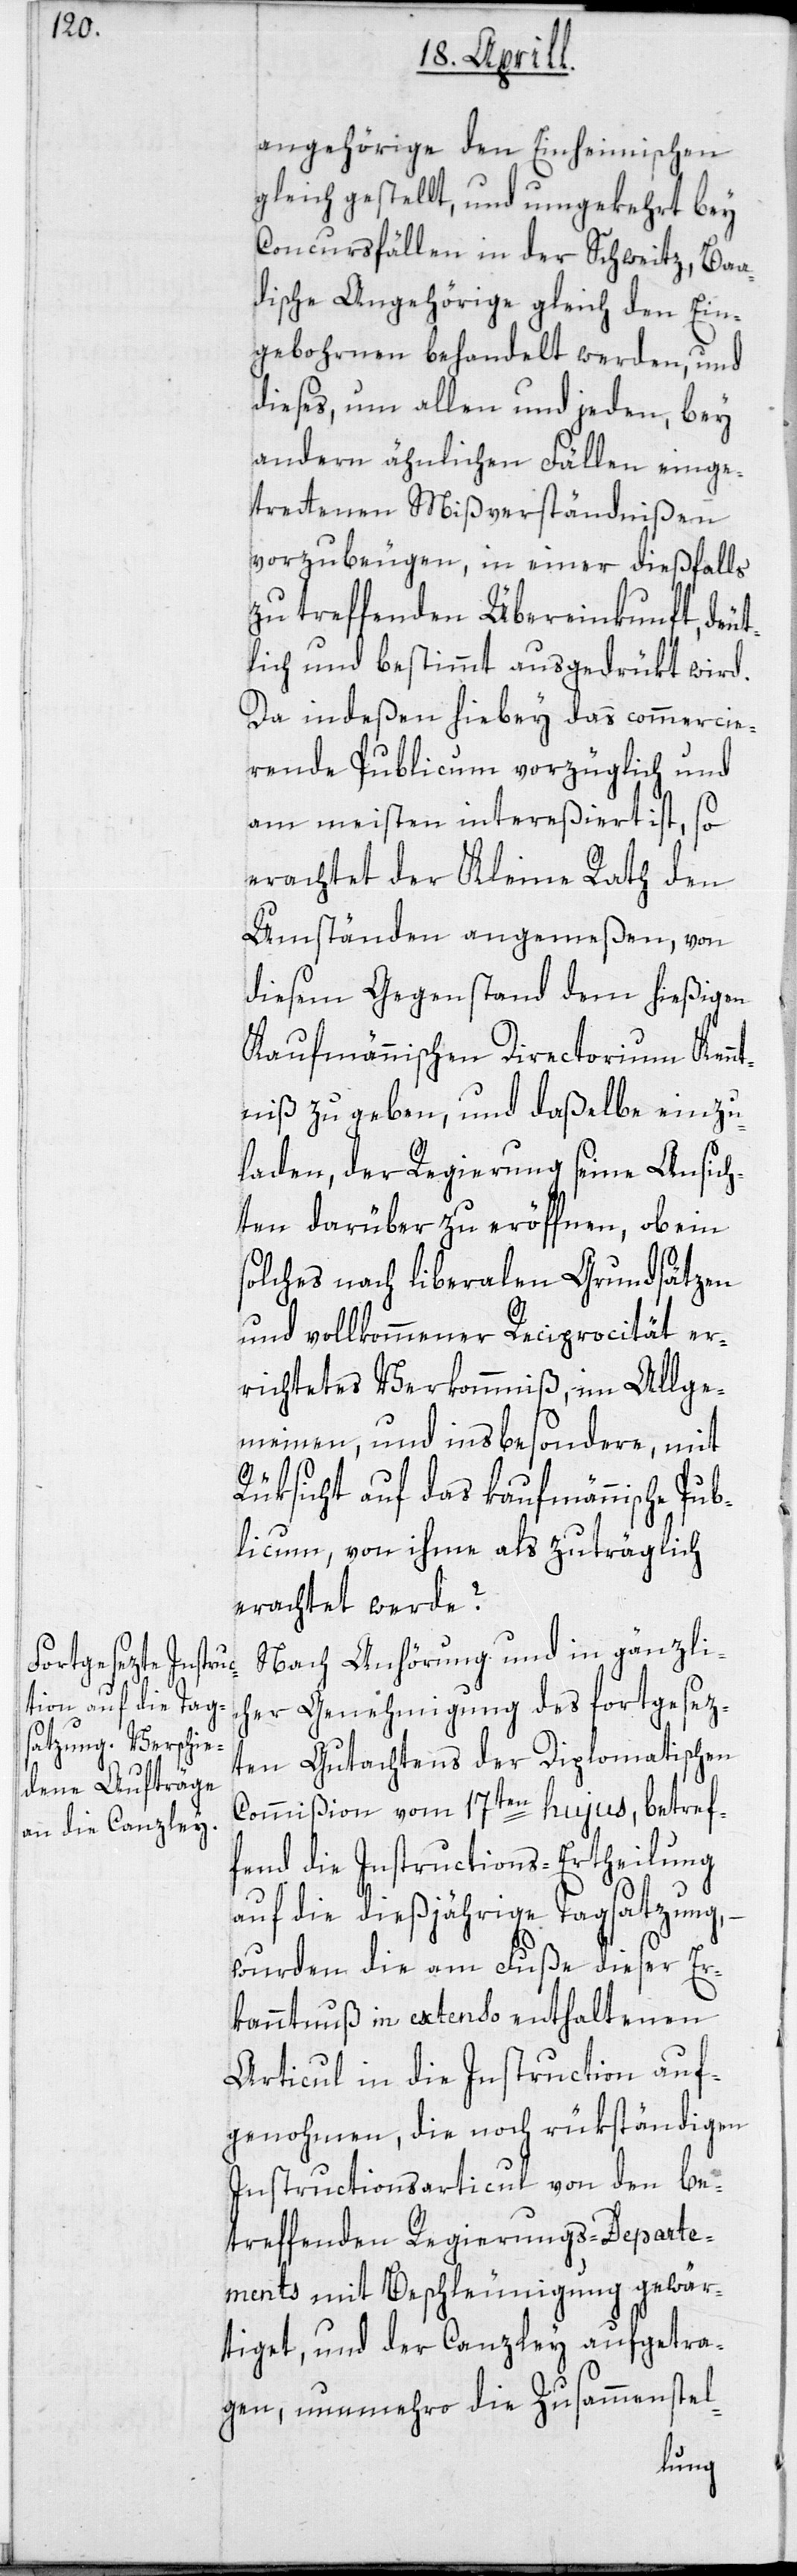
angehörige den Einheimischen
gleich gestellt, und umgekehrt bey
Concursfällen in der Schweitz, Baa¬
dische Angehörige gleich den Ein¬
gebohrnen behandelt werden, und
dieses, um allen und jeden, bey
andern ähnlichen Fällen einge¬
trettenen Mißverständnißen
vorzubeugen, in einer dießfalls
zu treffenden Übereinkunft, deut¬
lich und bestimmt ausgedrükt wird.
Da indeßen hiebey das commercie¬
rende Publicum vorzüglich und
am meisten intereßiert ist, so
erachtet der Kleine Rath den
Umständen angemeßen, von
diesem Gegenstand dem hießigen
Kaufmännischen Directorium Kenn¬
tniß zu geben, und daßelbe einzu¬
laden, der Regierung seine Ansich¬
ten darüber zu eröffnen, ob ein
solches nach liberalen Grundsätzen
und vollkommener Reciprocität er¬
richtetes Verkommniß, im Allge¬
meinen, und insbesondere, mit
Rüksicht auf das kaufmännische Pub¬
licum, von ihme als zuträglich
erachtet werde?
Nach Anhörung und in gänzli¬
cher Genehmigung des fortgesez¬
ten Gutachtens der Diplomatischen
Commißion vom 17ten hujus, betref¬
fend die Instructions-Ertheilung
auf die dießjährige Tagsatzung,
wurden die am Fuße dieser Er¬
kanntnuß in extenso enthaltenen
Articul in die Instruction auf¬
genohmen, die noch rükständigen
Instructionsarticul von den be¬
treffenden Regierungs-Departe¬
ments mit Beschleunigung gewär¬
tiget, und der Canzley aufgetra¬
gen, nunmehro die Zusammenstel-